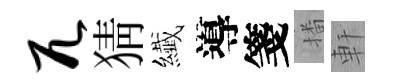
兀猜纎導箋播軒